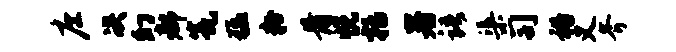
庄决幻都瓮猛粉骨悦括暑语渠司裕义斧